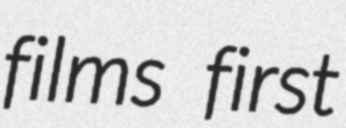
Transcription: films first